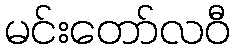
မင်းတော်လဝီ